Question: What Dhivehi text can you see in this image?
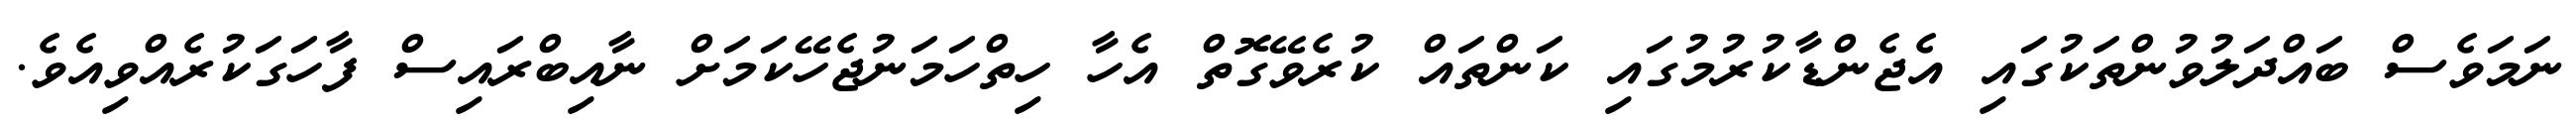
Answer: ނަމަވެސް ބައްދަލުވުންތަކުގައި އެޖެންޑާކުރުމުގައި ކަންތައް ކުރެވޭގޮތް އެހާ ހިތްހަމަނުޖެހޭކަމަށް ނާއިބްރައިސް ފާހަގަކުރެއްވިއެވެ.